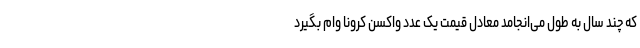
که چند سال به طول می‌انجامد معادل قیمت یک عدد واکسن کرونا وام بگیرد